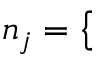
n _ { j } = \left\{ \begin{array} { l l } { \begin{array} { r l r } \end{array} } \end{array} \right.